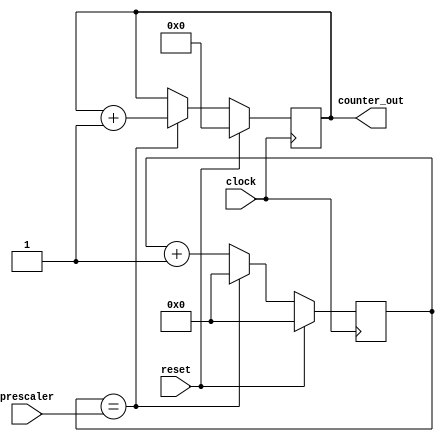
module counter (reset, clock, prescaler, counter_out);
	input reset;
	input clock;
	input [31:0] prescaler;
	output reg [4:0] counter_out;
	reg [31:0] cnt;
	
	always @ (posedge clock) begin
		if (reset == 1) begin
			cnt <= 0;
			counter_out <= 0;
		end else begin
			if (cnt == (prescaler))
				begin
					counter_out <= counter_out + 1;
					cnt <= 32'd0;
				end
			else begin
				cnt <= cnt + 1;
			end
		end
	end

endmodule